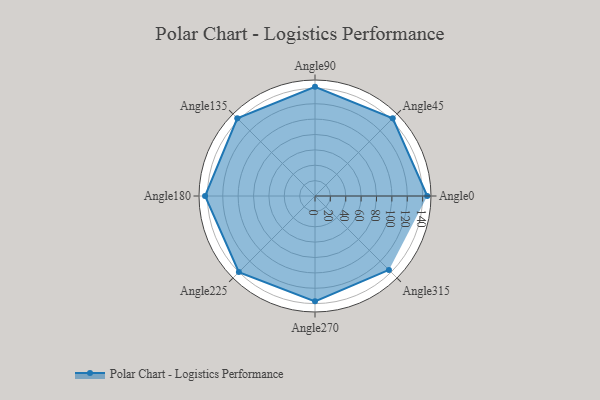
{"axis": {"x": "Angle", "y": "Radius"}, "legend": [""], "data": [{"x": "Angle0", "y": 146.0, "type": ""}, {"x": "Angle45", "y": 143.0, "type": ""}, {"x": "Angle90", "y": 142.0, "type": ""}, {"x": "Angle135", "y": 143.0, "type": ""}, {"x": "Angle180", "y": 143.0, "type": ""}, {"x": "Angle225", "y": 140.0, "type": ""}, {"x": "Angle270", "y": 137.0, "type": ""}, {"x": "Angle315", "y": 136.0, "type": ""}]}